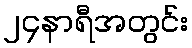
၂၄နာရီအတွင်း